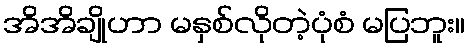
အိအိချိုဟာ မနှစ်လိုတဲ့ပုံစံ မပြဘူး။